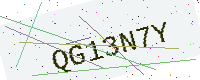
Text: QG13N7Y